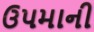
ઉપમાની